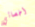
أخصائي